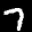
Label: 7